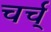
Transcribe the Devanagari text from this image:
चर्च्